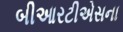
બીઆરટીએસના